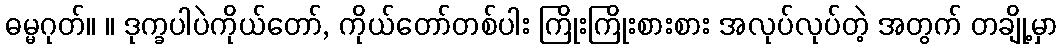
ဓမ္မဂုတ်။ ။ ဒုက္ခပါပဲကိုယ်တော်, ကိုယ်တော်တစ်ပါး ကြိုးကြိုးစားစား အလုပ်လုပ်တဲ့ အတွက် တချို့မှာ